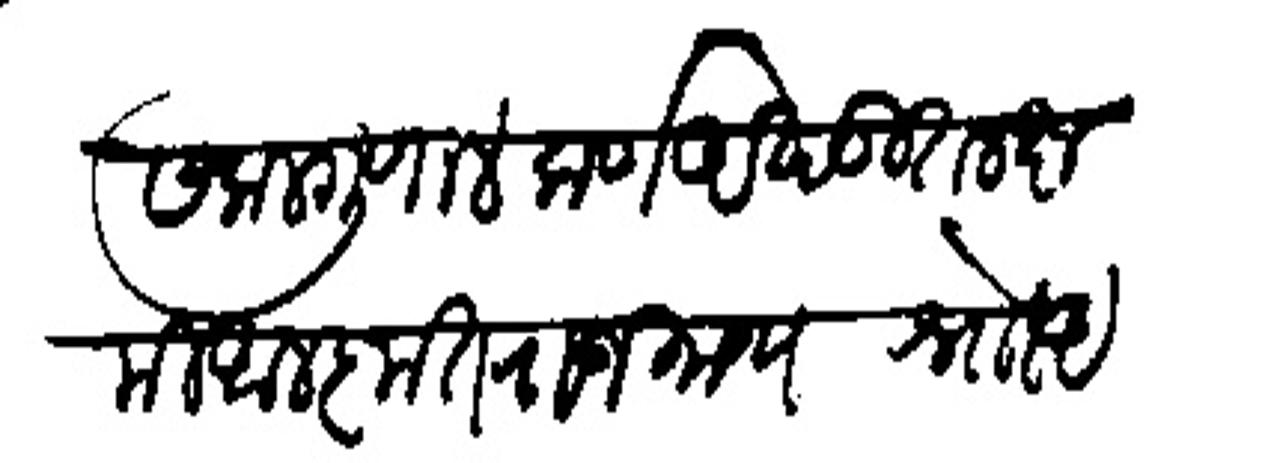
Transliteration (Devanagari): सकलगृणालंकर्ण अखंडित लक्षमी आलकृत राजमान्य श्र्नोा अताजी